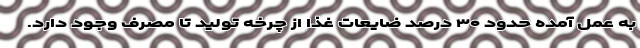
به عمل آمده حدود ۳۰ درصد ضایعات غذا از چرخه تولید تا مصرف وجود دارد.